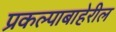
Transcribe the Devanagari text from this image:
प्रकल्पाबाहेरील